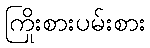
ကြိုးစားပမ်းစား